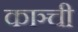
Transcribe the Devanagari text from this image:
काञ्ची